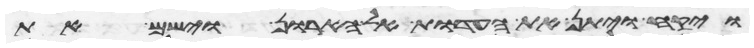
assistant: ויקח ויתן את העדות אל הארון וישם את